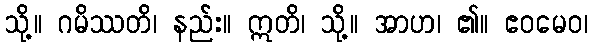
သို့။ ဂမိဿတိ၊ နည်း။ ဣတိ၊ သို့။ အာဟ၊ ၏။ ဧဝမေဝ၊